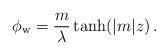
\begin{align*}\phi_{\rm w} = \frac{m}{\lambda}\tanh (|m|z)\, .\end{align*}